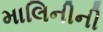
માલિનીની